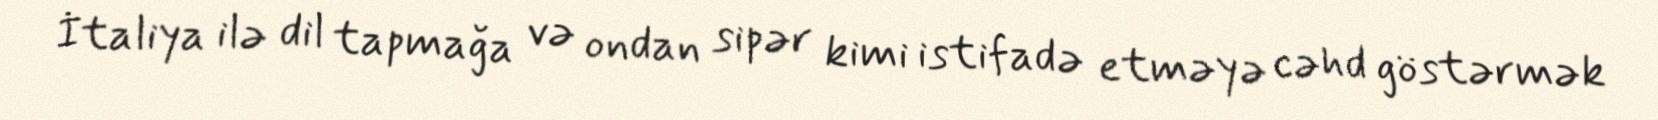
İtaliya ilə dil tapmağa və ondan sipər kimi istifadə etməyə cəhd göstərmək